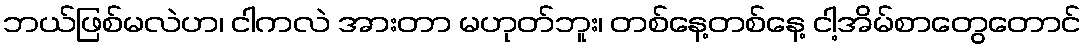
ဘယ်ဖြစ်မလဲဟ၊ ငါကလဲ အားတာ မဟုတ်ဘူး၊ တစ်နေ့တစ်နေ့ ငါ့အိမ်စာတွေတောင်